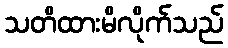
သတိထားမိလိုက်သည်